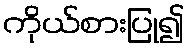
ကိုယ်စားပြု၍